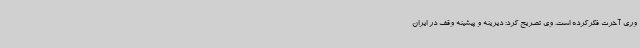
وری آخرت فکرکرده است. وی تصریح کرد: دیرینه و پیشینه وقف در ایران